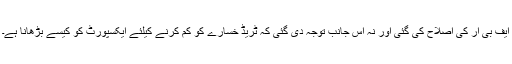
ایف بی آر کی اصلاح کی گئی اور نہ اس جانب توجہ دی گئی کہ ٹریڈ خسارے کو کم کرنے کیلئے ایکسپورٹ کو کیسے بڑھانا ہے۔